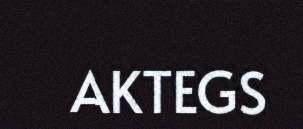
AKTEGS